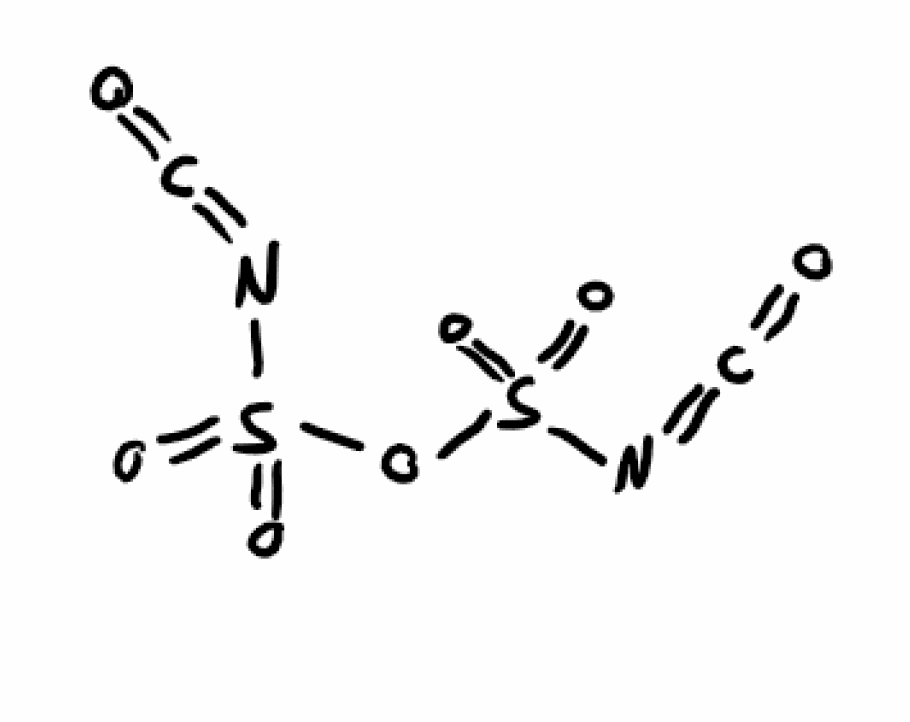
Simplified molecular-input line-entry system (SMILES) notation of the given molecule:
C(=NS(=O)(=O)OS(=O)(=O)N=C=O)=O